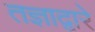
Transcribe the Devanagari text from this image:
तज्ञाद्वारे